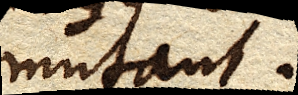
mutant.